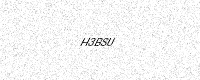
Text: H3BSU